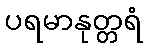
ပရမာနုတ္တရံ